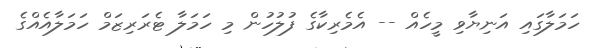
ހަމަލާގައި އަނިޔާވި މީހެއް -- އެމެރިކާގެ ފުލުހުން މި ހަމަލާ ޓެރަރިޒަމް ހަމަލާއެއްގެ